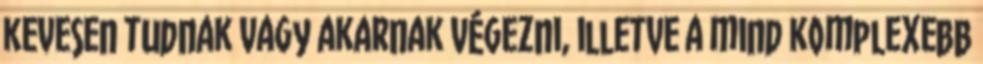
kevesen tudnak vagy akarnak végezni, illetve a mind komplexebb